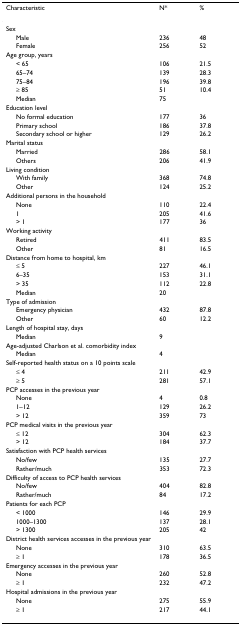
<table><thead><tr><td><b>Characteristic</b></td><td><b>N*</b></td><td><b>%</b></td></tr></thead><tbody><tr><td>Sex</td><td></td><td></td></tr><tr><td> Male</td><td>236</td><td>48</td></tr><tr><td> Female</td><td>256</td><td>52</td></tr><tr><td>Age group, years</td><td></td><td></td></tr><tr><td> &lt; 65</td><td>106</td><td>21.5</td></tr><tr><td> 65–74</td><td>139</td><td>28.3</td></tr><tr><td> 75–84</td><td>196</td><td>39.8</td></tr><tr><td> ≥ 85</td><td>51</td><td>10.4</td></tr><tr><td> Median</td><td>75</td><td></td></tr><tr><td>Education level</td><td></td><td></td></tr><tr><td> No formal education</td><td>177</td><td>36</td></tr><tr><td> Primary school</td><td>186</td><td>37.8</td></tr><tr><td> Secondary school or higher</td><td>129</td><td>26.2</td></tr><tr><td>Marital status</td><td></td><td></td></tr><tr><td> Married</td><td>286</td><td>58.1</td></tr><tr><td> Others</td><td>206</td><td>41.9</td></tr><tr><td>Living condition</td><td></td><td></td></tr><tr><td> With family</td><td>368</td><td>74.8</td></tr><tr><td> Other</td><td>124</td><td>25.2</td></tr><tr><td>Additional persons in the household</td><td></td><td></td></tr><tr><td> None</td><td>110</td><td>22.4</td></tr><tr><td> 1</td><td>205</td><td>41.6</td></tr><tr><td> &gt; 1</td><td>177</td><td>36</td></tr><tr><td>Working activity</td><td></td><td></td></tr><tr><td> Retired</td><td>411</td><td>83.5</td></tr><tr><td> Other</td><td>81</td><td>16.5</td></tr><tr><td>Distance from home to hospital, km</td><td></td><td></td></tr><tr><td> ≤ 5</td><td>227</td><td>46.1</td></tr><tr><td> 6–35</td><td>153</td><td>31.1</td></tr><tr><td> &gt; 35</td><td>112</td><td>22.8</td></tr><tr><td> Median</td><td>20</td><td></td></tr><tr><td>Type of admission</td><td></td><td></td></tr><tr><td> Emergency physician</td><td>432</td><td>87.8</td></tr><tr><td> Other</td><td>60</td><td>12.2</td></tr><tr><td>Length of hospital stay, days</td><td></td><td></td></tr><tr><td> Median</td><td>9</td><td></td></tr><tr><td>Age-adjusted Charlson et al. comorbidity index</td><td></td><td></td></tr><tr><td> Median</td><td>4</td><td></td></tr><tr><td>Self-reported health status on a 10 points scale</td><td></td><td></td></tr><tr><td> ≤ 4</td><td>211</td><td>42.9</td></tr><tr><td> ≥ 5</td><td>281</td><td>57.1</td></tr><tr><td>PCP accesses in the previous year</td><td></td><td></td></tr><tr><td> None</td><td>4</td><td>0.8</td></tr><tr><td> 1–12</td><td>129</td><td>26.2</td></tr><tr><td> &gt; 12</td><td>359</td><td>73</td></tr><tr><td>PCP medical visits in the previous year</td><td></td><td></td></tr><tr><td> ≤ 12</td><td>304</td><td>62.3</td></tr><tr><td> &gt; 12</td><td>184</td><td>37.7</td></tr><tr><td>Satisfaction with PCP health services</td><td></td><td></td></tr><tr><td> No/few</td><td>135</td><td>27.7</td></tr><tr><td> Rather/much</td><td>353</td><td>72.3</td></tr><tr><td>Difficulty of access to PCP health services</td><td></td><td></td></tr><tr><td> No/few</td><td>404</td><td>82.8</td></tr><tr><td> Rather/much</td><td>84</td><td>17.2</td></tr><tr><td>Patients for each PCP</td><td></td><td></td></tr><tr><td> &lt; 1000</td><td>146</td><td>29.9</td></tr><tr><td> 1000–1300</td><td>137</td><td>28.1</td></tr><tr><td> &gt; 1300</td><td>205</td><td>42</td></tr><tr><td>District health services accesses in the previous year</td><td></td><td></td></tr><tr><td> None</td><td>310</td><td>63.5</td></tr><tr><td> ≥ 1</td><td>178</td><td>36.5</td></tr><tr><td>Emergency accesses in the previous year</td><td></td><td></td></tr><tr><td> None</td><td>260</td><td>52.8</td></tr><tr><td> ≥ 1</td><td>232</td><td>47.2</td></tr><tr><td>Hospital admissions in the previous year</td><td></td><td></td></tr><tr><td> None</td><td>275</td><td>55.9</td></tr><tr><td> ≥ 1</td><td>217</td><td>44.1</td></tr></tbody></table>